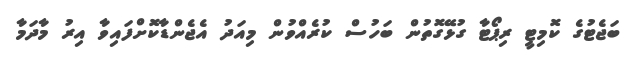
ބަޖެޓުގެ ކޮމިޓީ ރިޕޯޓާ ގުޅޭގޮތުން ބަހުސް ކުރެއްވުން މިއަދު އެޖެންޑާކޮށްފައިވާ އިރު މާދަމާ